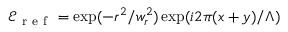
\mathcal { E } _ { \mathrm { ~ r ~ e ~ f ~ } } = \exp ( - r ^ { 2 } / w _ { r } ^ { 2 } ) \exp ( i 2 \pi ( x + y ) / \Lambda )